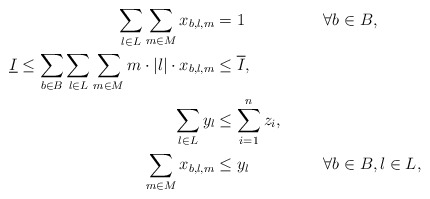
\begin{align*} && \sum_{l\in L}\sum_{m \in M} x_{b,l,m} &= 1 && \forall b\in B,\\ && \underline{I} \le \sum_{b\in B}\sum_{l\in L}\sum_{m \in M} m \cdot |l| \cdot x_{b,l,m} &\le \overline{I}, &&\\ && \sum_{l \in L} y_l & \le \sum_{i=1}^n z_i, &&\\ && \sum_{m \in M} x_{b,l,m} & \le y_l && \forall b\in B, l\in L, \end{align*}